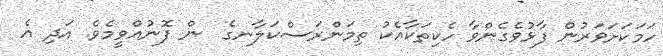
ހަމަކަށަވަރުން ފާޅުވެގެންވާ ހެކިތަކާއެކު ތިމަންރަސްކަލާނގެ  ން ފޮނުއްވީމެވެ. އަދި އެ